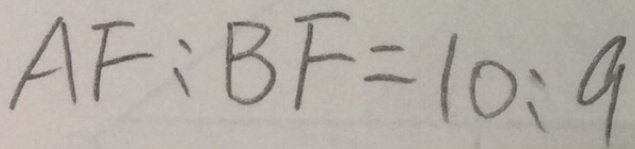
A F : B F = 1 0 : 9